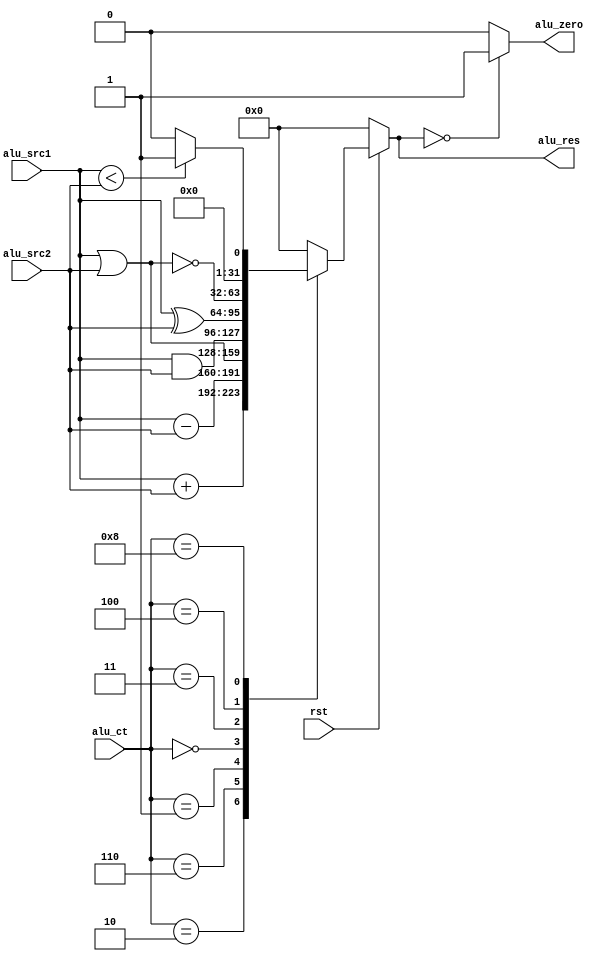
`timescale 1ns / 1ps
///////////////////////
//module: ALU
//Project name:Yinger
///////////////////////
//parameter ADD=4'b0010;
//parameter SUB=4'b0110;

module ALU(
input rst,
input[3:0] alu_ct,
input[31:0] alu_src1,alu_src2,
output alu_zero,
output reg [31:0] alu_res
);
assign alu_zero= (alu_res==0)?1:0;
/////////////////////////DEFINE THE REGS AND WIRES////////////////////
always@(*)
if(!rst)begin
alu_res = 32'b0;
end
else begin
case(alu_ct)
//ADD:
4'b0010:
alu_res<=alu_src1+alu_src2;
//SUB:
4'b0110:
alu_res<=alu_src1-alu_src2;
//OR:////////////////////2020/5/29 add OR function
4'b0001:
alu_res<=alu_src1|alu_src2;//////////////////////////alu ct aluct
//AND:////////////////////2020/5/29 add AND function
4'b0000:
alu_res<=alu_src1&alu_src2;//////////////////////////alu ct aluct
//XOR:////////////////////2020/5/29 add XOR function
4'b0011:
alu_res<=alu_src1^alu_src2;//////////////////////////alu ct aluct
//NOR:
4'b0100:
alu_res<=~(alu_src1|alu_src2);//////////////////////////alu ct aluct
//SLTU
4'b1000:
begin
if (alu_src1<alu_src2)
    alu_res<=1;
else
    alu_res<=0;
end//////////////////////////alu ct aluct
default: alu_res = 32'b0;
endcase
end
/////////////////////////CALCULATE///////////////////////////////////
endmodule